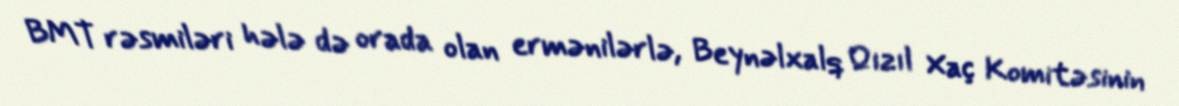
BMT rəsmiləri hələ də orada olan ermənilərlə, Beynəlxalq Qızıl Xaç Komitəsinin